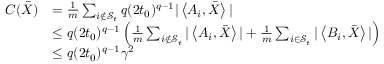
\begin{array} { r l } { C ( \bar { X } ) } & { = \frac { 1 } { m } \sum _ { i \not \in \mathcal { S } _ { t } } q ( 2 t _ { 0 } ) ^ { q - 1 } | \left\langle A _ { i } , \bar { X } \right\rangle | } \\ & { \leq q ( 2 t _ { 0 } ) ^ { q - 1 } \left( \frac { 1 } { m } \sum _ { i \not \in \mathcal { S } _ { t } } | \left\langle A _ { i } , \bar { X } \right\rangle | + \frac { 1 } { m } \sum _ { i \in \mathcal { S } _ { t } } | \left\langle B _ { i } , \bar { X } \right\rangle | \right) } \\ & { \leq q ( 2 t _ { 0 } ) ^ { q - 1 } \gamma ^ { 2 } } \end{array}